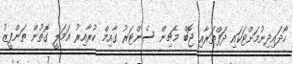
ހޯދައިދިނުމަށްޓަކައި ދަފްތަރާއި ޖޮބް މެޗިން ސެންޓަރު ގާއިމް ކުރާއިރު އަމަލީ ގޮތުން ތަންފީޒު